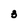
Character: 3